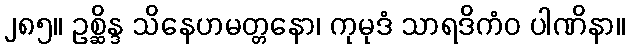
၂၈၅။ ဥစ္ဆိန္ဒ သိနေဟမတ္တနော၊ ကုမုဒံ သာရဒိကံဝ ပါဏိနာ။